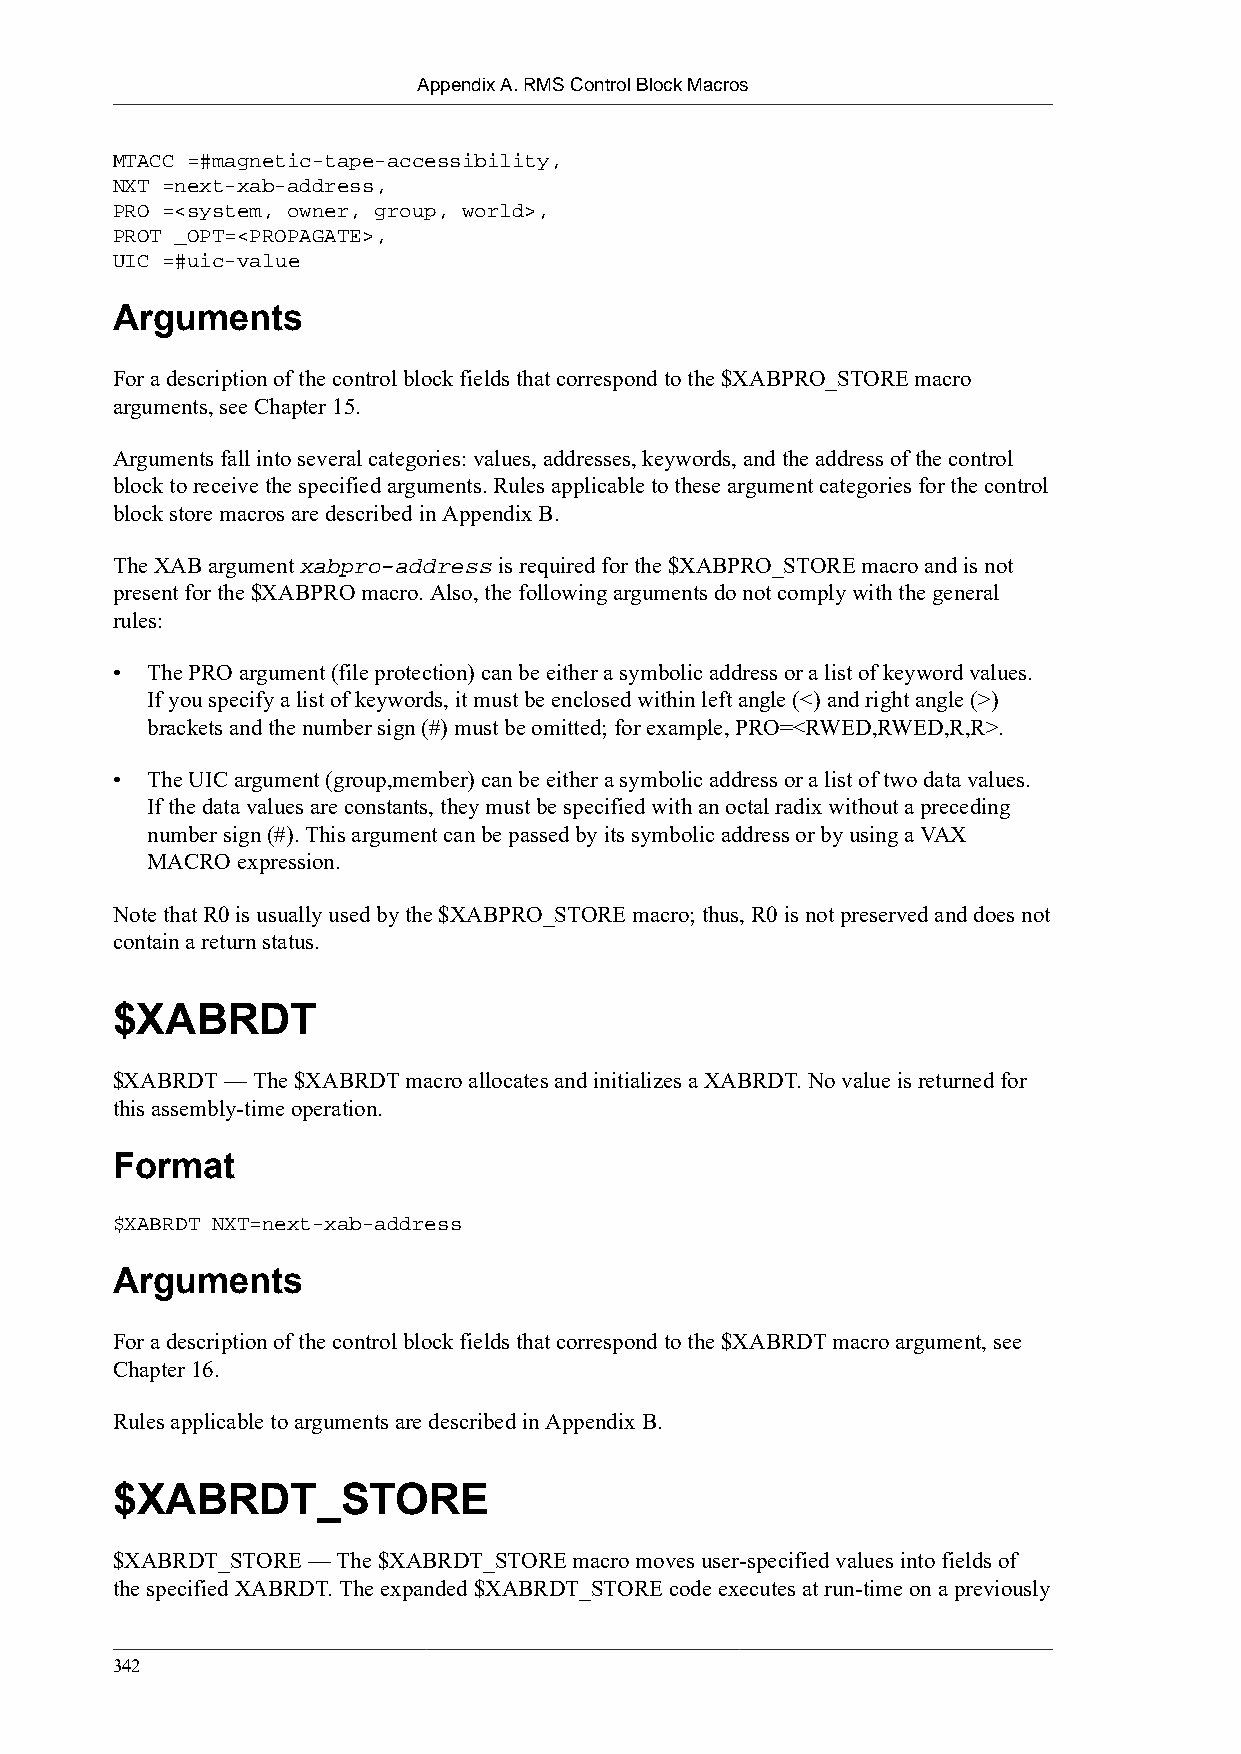
Appendix A. RMS Control Block Macros
 MTACC =#magnetic-tape-accessibility,
 NXT =next-xab-address,
 PRO =<system, owner, group, world>,
 PROT _OPT=<PROPAGATE>,
 UIC =#uic-value
 Arguments
 For a description of the control block fields that correspond to the $XABPRO_STORE macro
 arguments, see Chapter 15.
 Arguments fall into several categories: values, addresses, keywords, and the address of the control
 block to receive the specified arguments. Rules applicable to these argument categories for the control
 block store macros are described in Appendix B.
 The XAB argument xabpro-address is required for the $XABPRO_STORE macro and is not
 present for the $XABPRO macro. Also, the following arguments do not comply with the general
 rules:
 •  The PRO argument (file protection) can be either a symbolic address or a list of keyword values.
 If you specify a list of keywords, it must be enclosed within left angle (<) and right angle (>)
 brackets and the number sign (#) must be omitted; for example, PRO=<RWED,RWED,R,R>.
 •  The UIC argument (group,member) can be either a symbolic address or a list of two data values.
 If the data values are constants, they must be specified with an octal radix without a preceding
 number sign (#). This argument can be passed by its symbolic address or by using a VAX
 MACRO expression.
 Note that R0 is usually used by the $XABPRO_STORE macro; thus, R0 is not preserved and does not
 contain a return status.
 $XABRDT
 $XABRDT — The $XABRDT macro allocates and initializes a XABRDT. No value is returned for
 this assembly-time operation.
 Format
 $XABRDT NXT=next-xab-address
 Arguments
 For a description of the control block fields that correspond to the $XABRDT macro argument, see
 Chapter 16.
 Rules applicable to arguments are described in Appendix B.
 $XABRDT_STORE
 $XABRDT_STORE — The $XABRDT_STORE macro moves user-specified values into fields of
 the specified XABRDT. The expanded $XABRDT_STORE code executes at run-time on a previously
 342